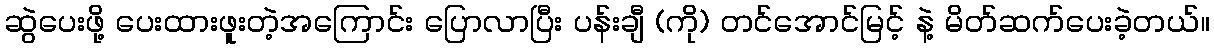
ဆွဲပေးဖို့ ပေးထားဖူးတဲ့အကြောင်း ပြောလာပြီး ပန်းချီ (ကို) တင်အောင်မြင့် နဲ့ မိတ်ဆက်ပေးခဲ့တယ်။